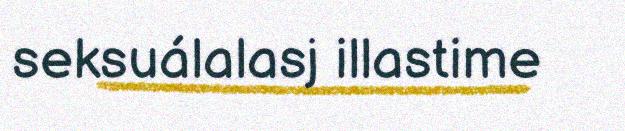
seksuálalasj illastime